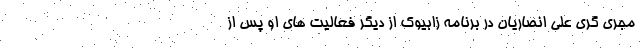
مجری گری علی انصاریان در برنامه زابیوک از دیگر فعالیت های او پس از